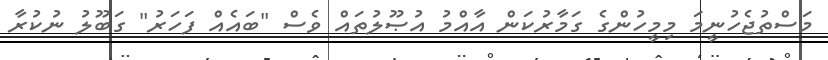
މަސްތުޖެހުނީމަ މިމީހުންގެ ގަމާރުކަން އާއްމު އުޞޫލުތައް ވެސް "ބައެއް ފަހަރު" ގަބޫލު ނުކުރާ